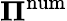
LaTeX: \mathbf\Pi^{\mathrm{num}}